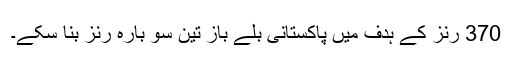
370 رنز کے ہدف میں پاکستانی بلے باز تین سو بارہ رنز بنا سکے۔